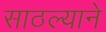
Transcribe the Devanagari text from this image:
साठल्याने